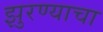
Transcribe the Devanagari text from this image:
झुरण्याचा